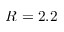
R = 2 . 2